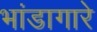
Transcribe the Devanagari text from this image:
भांडागारे